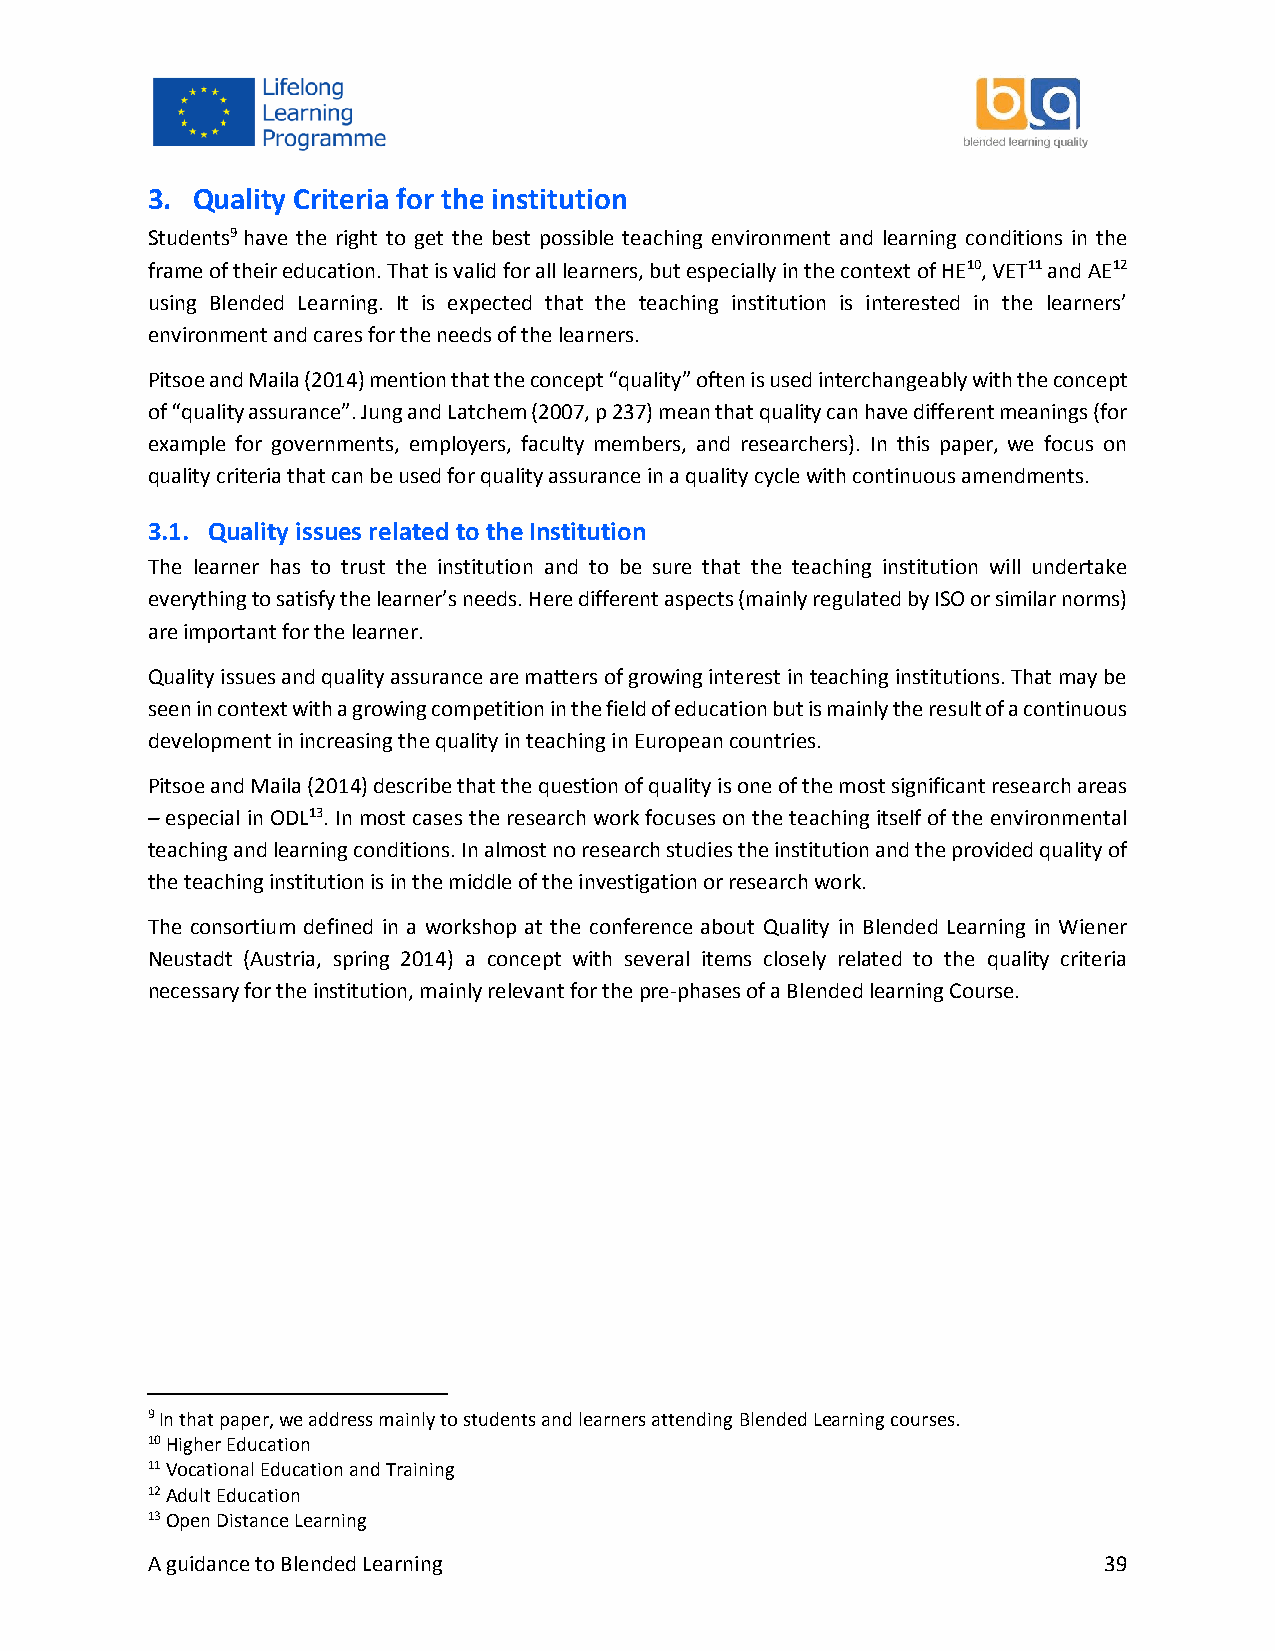
3. Quality Criteria for the institution
 Students9 have the right to get the best possible teaching environment and learning conditions in the
 frame of their education. That is valid for all learners, but especially in the context of HE10, VET11 and AE12
 using Blended Learning. It is expected that the teaching institution is interested in the learners’
 environment and cares for the needs of the learners.
 Pitsoe and Maila (2014) mention that the concept “quality” often is used interchangeably with the concept
 of “quality assurance”. Jung and Latchem (2007, p 237) mean that quality can have different meanings (for
 example for governments, employers, faculty members, and researchers). In this paper, we focus on
 quality criteria that can be used for quality assurance in a quality cycle with continuous amendments.
 3.1. Quality issues related to the Institution
 The learner has to trust the institution and to be sure that the teaching institution will undertake
 everything to satisfy the learner’s needs. Here different aspects (mainly regulated by ISO or similar norms)
 are important for the learner.
 Quality issues and quality assurance are matters of growing interest in teaching institutions. That may be
 seen in context with a growing competition in the field of education but is mainly the result of a continuous
 development in increasing the quality in teaching in European countries.
 Pitsoe and Maila (2014) describe that the question of quality is one of the most significant research areas
 – especial in ODL13. In most cases the research work focuses on the teaching itself of the environmental
 teaching and learning conditions. In almost no research studies the institution and the provided quality of
 the teaching institution is in the middle of the investigation or research work.
 The consortium defined in a workshop at the conference about Quality in Blended Learning in Wiener
 Neustadt (Austria, spring 2014) a concept with several items closely related to the quality criteria
 necessary for the institution, mainly relevant for the pre-phases of a Blended learning Course.
 9 In that paper, we address mainly to students and learners attending Blended Learning courses.
 10 Higher Education
 11 Vocational Education and Training
 12 Adult Education
 13 Open Distance Learning
 A guidance to Blended Learning                                 39